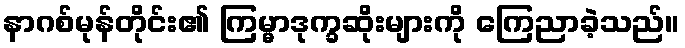
နာဂစ်မုန်တိုင်း၏ ကြမ္မာဒုက္ခဆိုးများကို ကြေညာခဲ့သည်။